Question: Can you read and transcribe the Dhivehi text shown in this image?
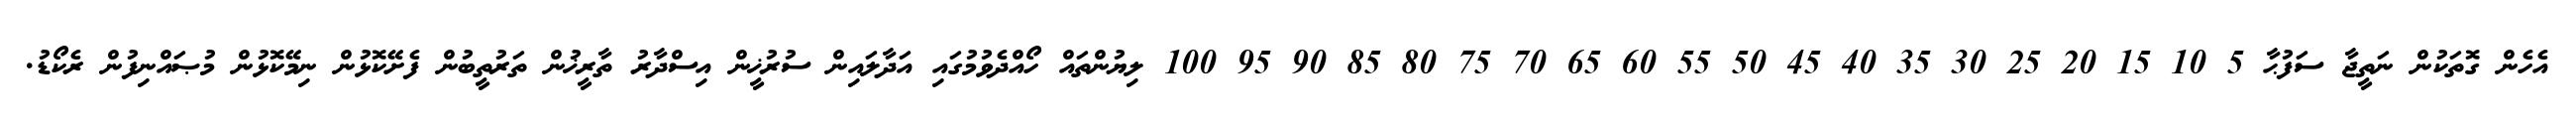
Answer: އެހެން ގޮތަކުން ނަތީޖާ ސަފުޙާ 5 10 15 20 25 30 35 40 45 50 55 60 65 70 75 80 85 90 95 100 ލިޔުންތައް ހޯއްދެވުމުގައި އަދާލައިން ސުރުޚީން އިސްދާރު ތާރީޚުން ތަރުތީބުން ފެށޭކޮޅުން ނިމޭކޮޅުން މުޞައްނިފުން ރެކޯޑު.